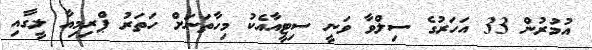
އުމުރުން 33 އަހަރުގެ ސިލްވާ ވަނީ ސިޓީއާއެކު މިހާތަނަށް ހަތަރު ޕްރިމިއާ ލީގާއި